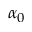
\alpha _ { 0 }